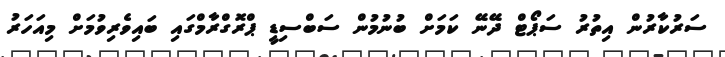
ސަރުކާރުން އިތުރު ސަޕޯޓް ދޭނޭ ކަމަށް ބުނުމުން ސަބްސިޑީ ޕްރޮގްރާމްގައި ބައިވެރިވުމަށް މިއަހަރު